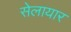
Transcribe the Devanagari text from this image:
सेलायार